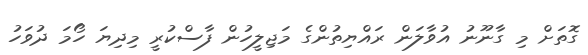
ގޮތަށް މި ގާނޫނު އުވާލަން ރައްޔިތުންގެ މަޖިލީހުން ފާސްކުރީ މިދިޔަ ހޯމަ ދުވަހު